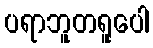
ပရာဘူတရူပေါ